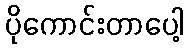
ပိုကောင်းတာပေါ့